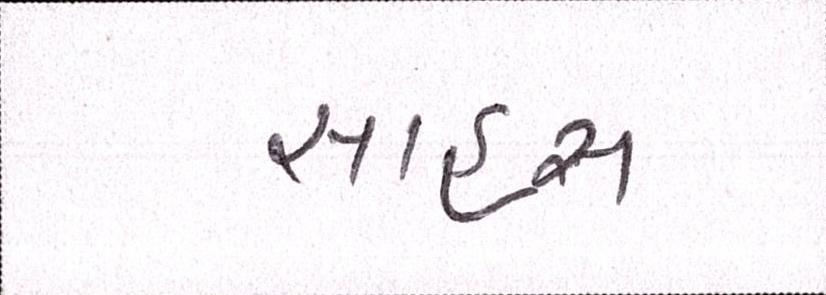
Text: સાહસ